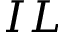
{ I L }